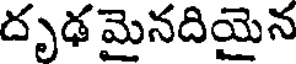
దృఢ మైనదియైన